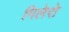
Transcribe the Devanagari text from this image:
गिलेरो